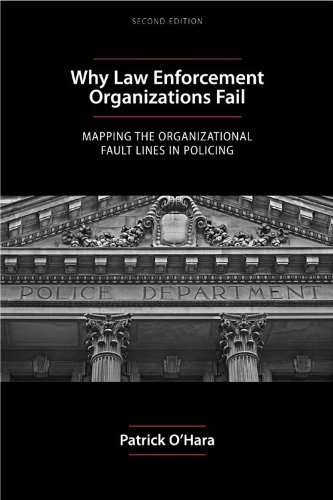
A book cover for Why Law Enforcement Organizations Fail: Mapping the Organizational Fault Lines in Policing; Patrick O'Hara; Law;